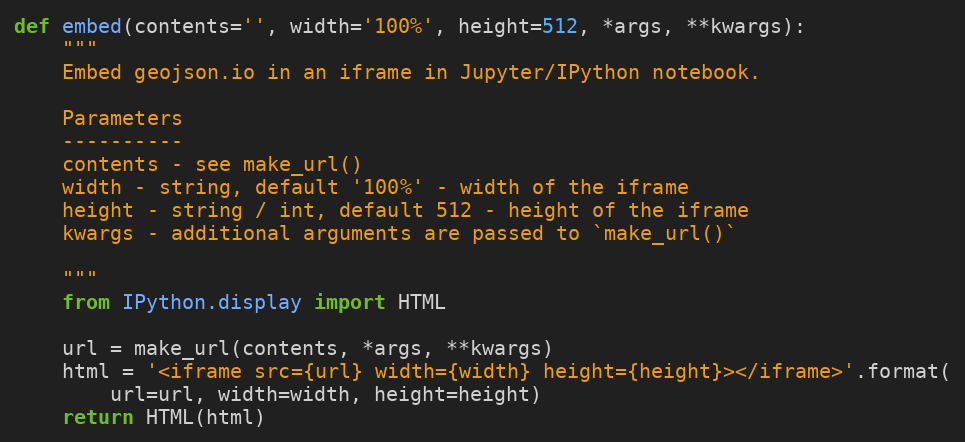
Language: Python
def embed(contents='', width='100%', height=512, *args, **kwargs):
    """
    Embed geojson.io in an iframe in Jupyter/IPython notebook.

    Parameters
    ----------
    contents - see make_url()
    width - string, default '100%' - width of the iframe
    height - string / int, default 512 - height of the iframe
    kwargs - additional arguments are passed to `make_url()`

    """
    from IPython.display import HTML

    url = make_url(contents, *args, **kwargs)
    html = '<iframe src={url} width={width} height={height}></iframe>'.format(
        url=url, width=width, height=height)
    return HTML(html)